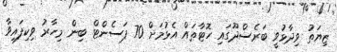
ޒިޔަތު ވިދާޅުވީ ބަރެސްދޫގައި ހޮޓާތައް އެޅުމަށް 70 ޕަސެންޓް ބިން މިހާރު ވިކިފައިވާ